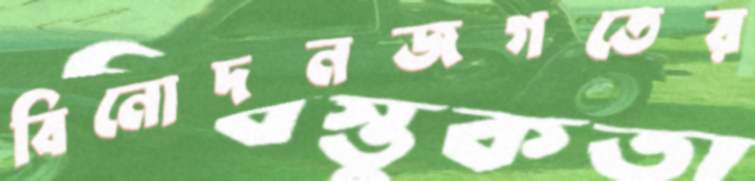
বিনোদনজগতের